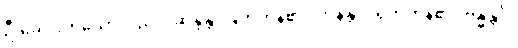
ဦးခေါင်းကိုသော်လည်း။ ဆိန္ဒန္တိ၊ ဖြတ်ကုန်၏။ ဟနန္တိပိ၊ ရိုက်ကုန်၏။ ဗန္ဓန္တိပိ၊